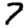
Digit: 7